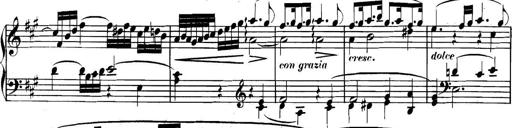
Title: Collected Piano Sonatas
Composer: Muzio Clementi